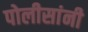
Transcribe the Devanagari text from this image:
पोलीसांनी